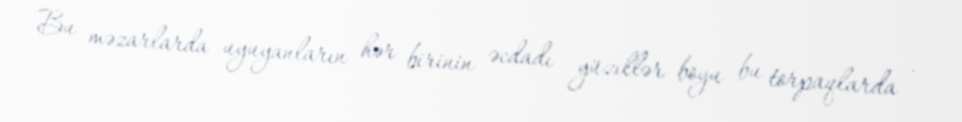
Bu məzarlarda uyuyanların hər birinin əcdadı yüzillər boyu bu torpaqlarda -